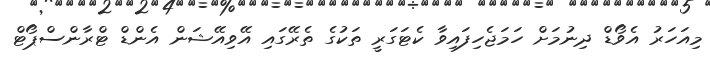
މިއަހަރު އެވޯޑް ދިނުމަށް ހަމަޖެހިފައިވާ ކެޓަގަރީ ތަކުގެ ތެރޭގައި އޭވިއޭޝަން އެންޑް ޓްރާންސްޕޯޓް